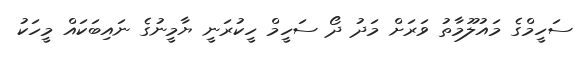
ސަހީމްގެ މައުލޫމާތު ވަރަށް މަދު ދޯ ސަހީމް ހީކުރަނީ ޔާމީނުގެ ނައިބަކައް މީހަކު